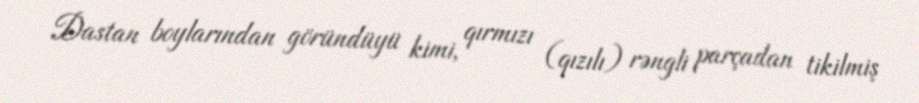
Dastan boylarından göründüyü kimi, qırmızı (qızılı) rəngli parçadan tikilmiş